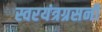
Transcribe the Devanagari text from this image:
स्वरयंत्रग्रसनी